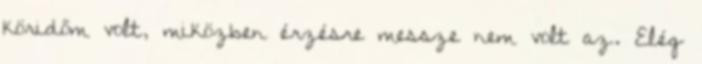
köridőm volt, miközben érzésre messze nem volt az. Elég